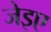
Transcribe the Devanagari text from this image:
जेइए